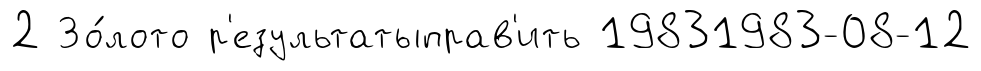
2 Зо́лото р'езультатыправ'ить 19831983-08-12